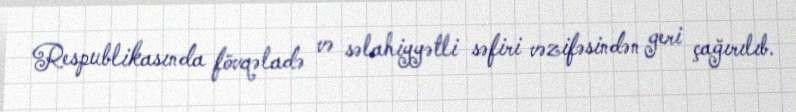
Respublikasında fövqəladə və səlahiyyətli səfiri vəzifəsindən geri çağırılıb.